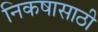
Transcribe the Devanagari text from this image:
निकषासाठी